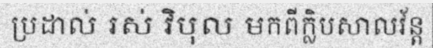
ប្រដាល់ រស់ វិបុល មកពីក្លិបសាលវ័ន្ត